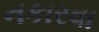
નકારવા